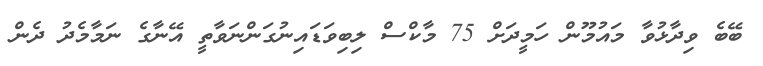
ބޭބެ ވިދާޅުވާ މައުމޫން ހަމީދަށް 75 މާކްސް ލިބިވަޑައިނުގަންނަވާތީ އޭނާގެ ނަމާމެދު ދެން